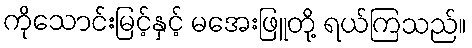
ကိုသောင်းမြင့်နှင့် မအေးဖြူတို့ ရယ်ကြသည်။